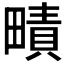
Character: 𤳎